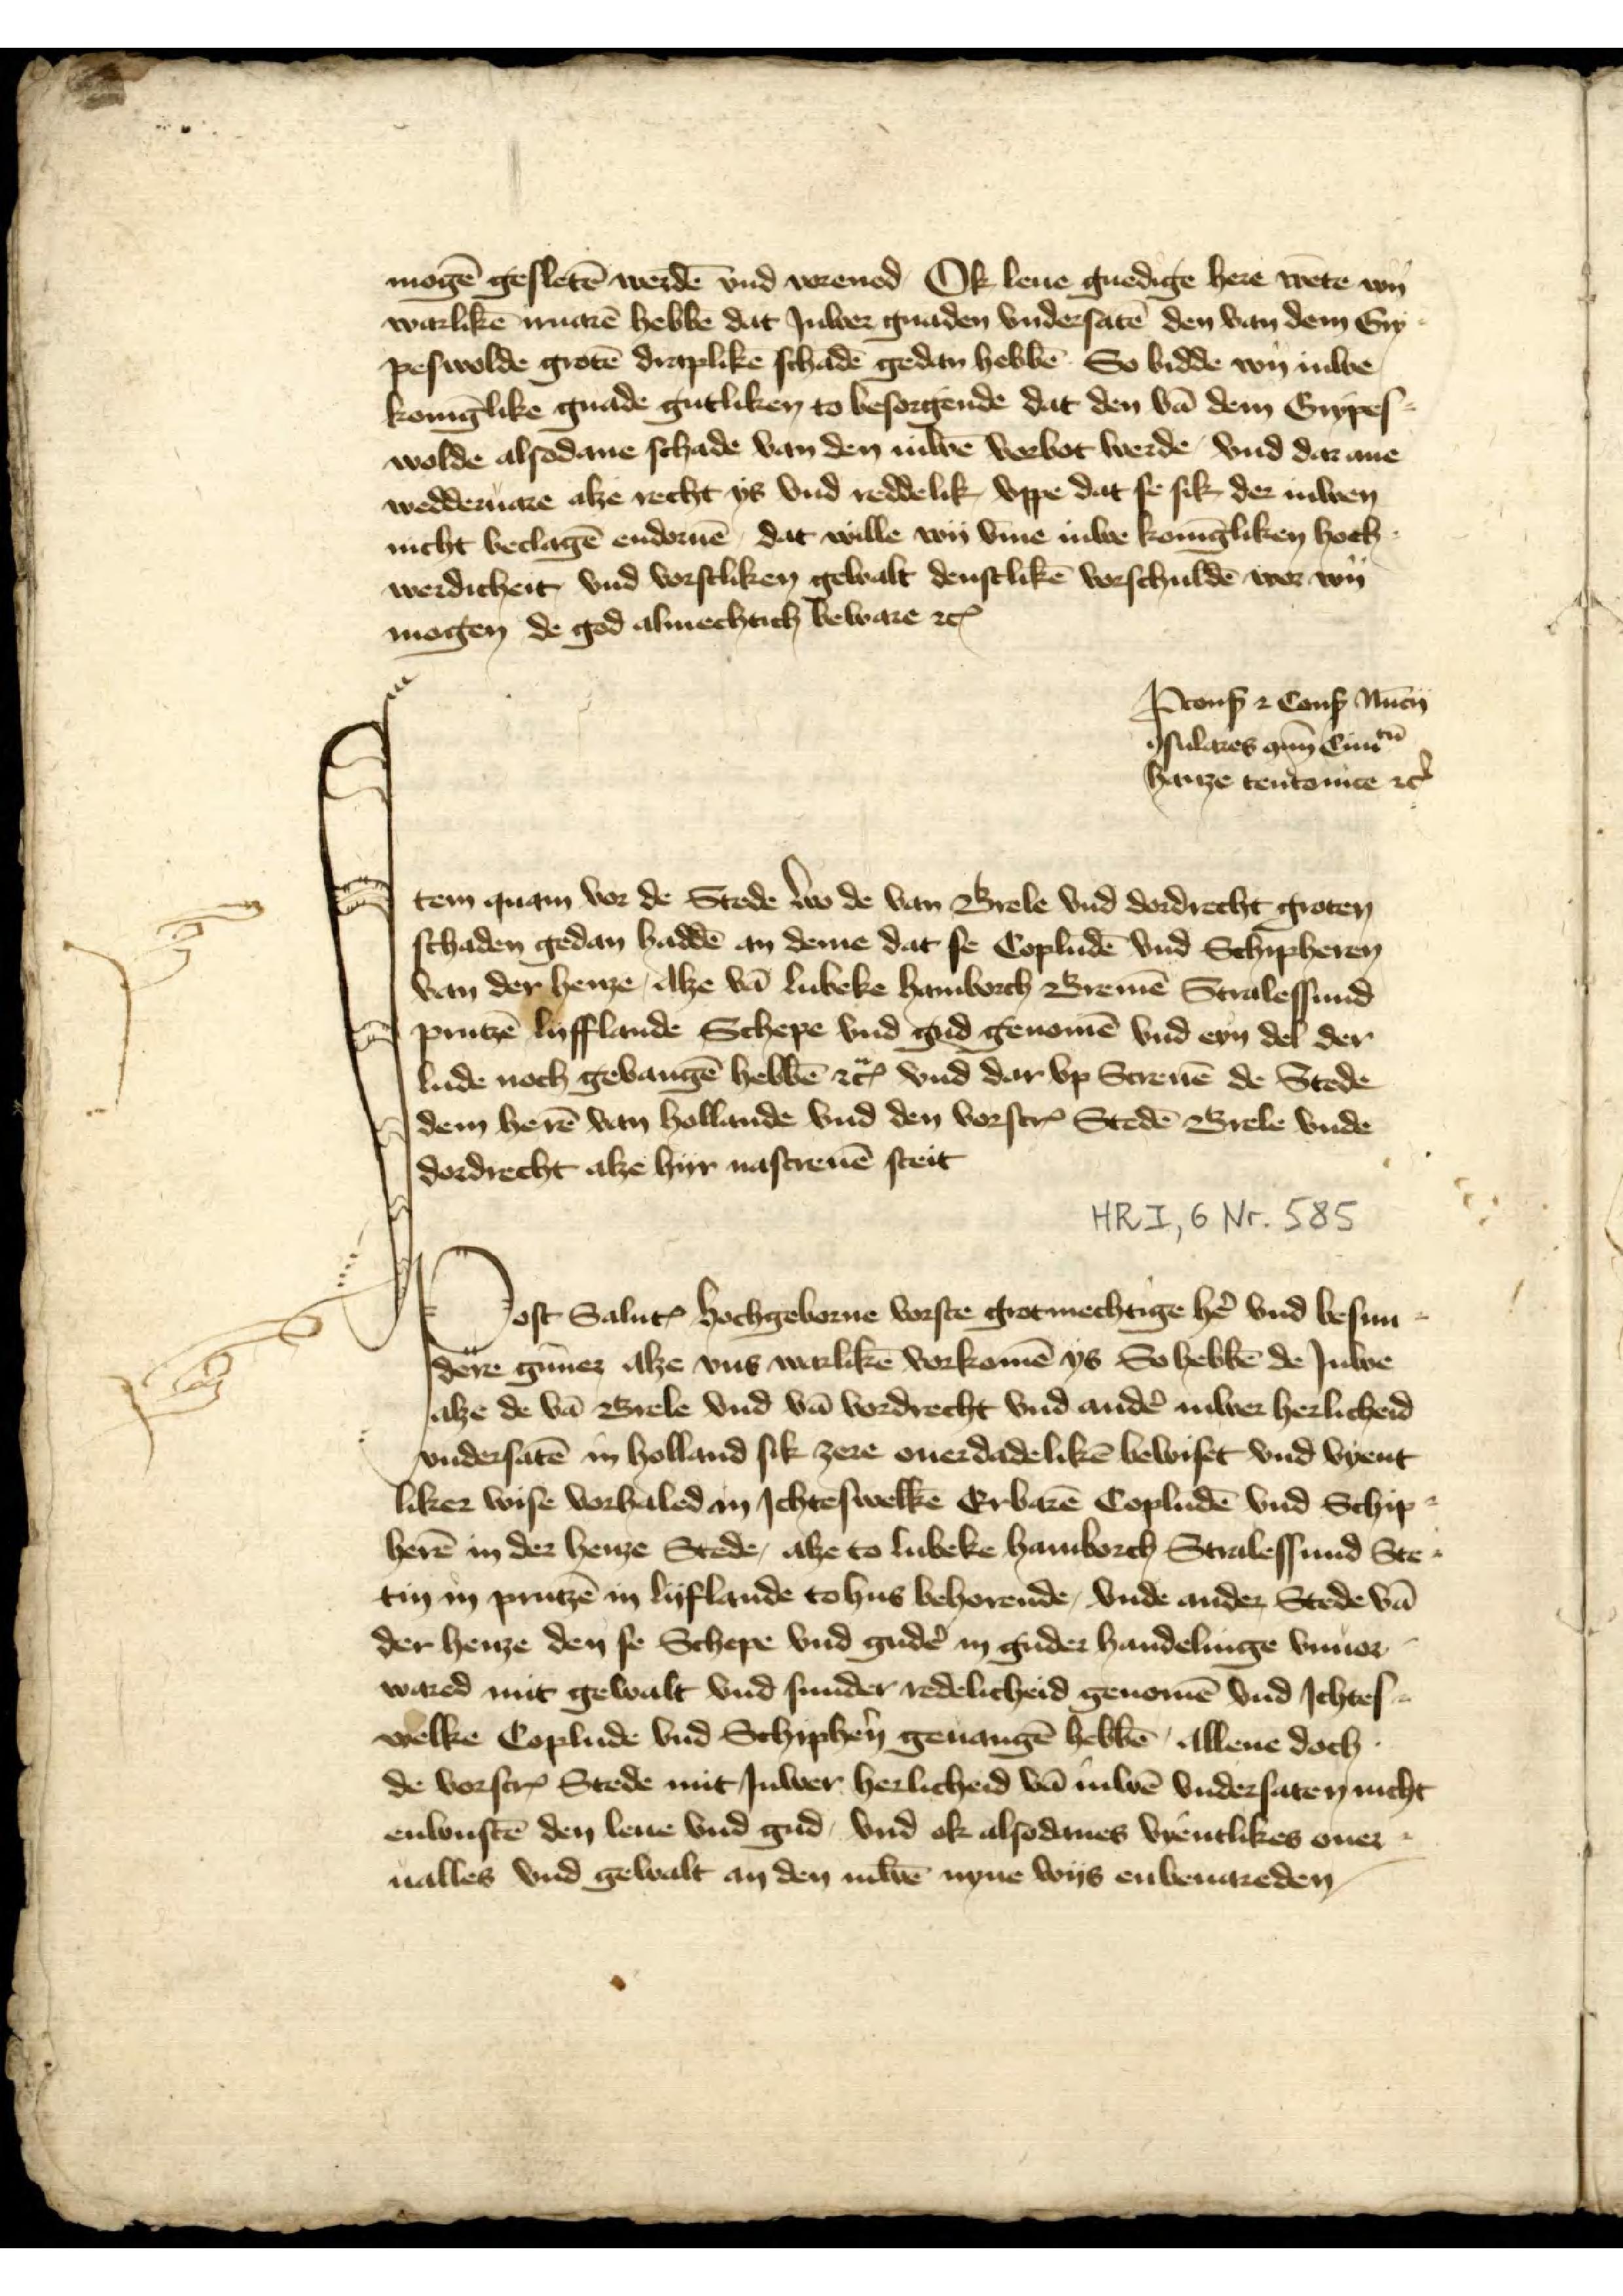
mogē gesletē werdē vnd vorend Ok leue gnedige here wete wy
warlikē iruarē hebbē dat Iuwer gnaden vndersatē den van dem Gry¬
peswolde grotē draplikē schadē gedan hebbē. So bidde wy Juwe
konīlike gnade gutlikem to besorgende dat den vā dem Grypes¬
wolde alsodane schade van den iuwē vorbot werde, vnd dar ane
wedderuare alze recht ys vnd reddelik, vppe dat se sik, der iuwen
nicht bedagē endornē dat wille wy v̄me Juwe konīgliken hoch¬
werdicheit vnd vorstliken gewalt denstlikē vorschuldē wor wy
morgen de god almechtich beware etꝬ
Pronß 2 Conß Nuen
sulares anno Eimtn̄
hante teutonice etꝬ

Jtem quam vor de Stede wo de van Brele vnd dordrecht groten
schaden gedan haddē an deme dat se Copludē vnd Schipheren
van der henze alze vā Lubeke Hamborch Bremē Stralessund
Prutzē Lyfflande Schepe vnd gud genomē vnd eyn del der
lude noch gebangē hebbē etc vnd dar vp Screuē de Stede
dem herē van Hollande vnd den vorscrꝬ Stedē Bele vnde
Dordrecht alze hyr nascreuē steit

Post Saluꝷ hochgeborne vorste grotmechtige hẻ vnd besun¬
dere gūner alze vns warlikē vorkomē ys So hebbē de Juwe
alze de vā Brele vnd vā vordrecht vnd andẻ iuwer herlicheid
vndersatē in Holland sik zere ouerdadelikē bewiset vnd vyent
liker wise vorhaled in Ichteswelkē Erbarē Copludē vnd Schip¬
herē in der henze Stede, alze to Lubeke Hamborch Stralessund Ste¬
tin in Prutzē in Lyflande tohus behorende, vnde ander Stede vā
der henze den se Schepe vnd gudẻ handelinge Vnuor¬
wared mit gewalt vnd sunder redeliched genomē vnd Jchtes¬
welke Coplude vnd Schiphẻn geuangē hebbē, allene doch
de vorscrꝬ Stede mit Juwer herlicheid vā iuwē vndersaten nicht
enwustē den leue vnd gud, vnd ok alsodanes vyentlikes ouer¬
ualles vnd gewalt an den iuwē nyne wys enbeuareden